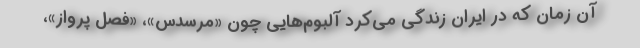
آن زمان که در ایران زندگی می‌کرد آلبوم‌هایی چون «مرسدس»، «فصل پرواز»،